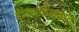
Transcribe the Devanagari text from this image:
बोल्शेविकवाद